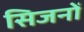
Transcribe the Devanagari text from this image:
सिजनों